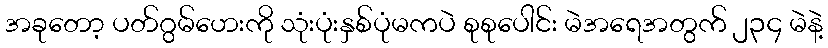
အခုတော့ ပတ်ဂွမ်ဟေးကို သုံးပုံးနှစ်ပုံမကပဲ စုစုပေါင်း မဲအရေအတွက် ၂၃၄ မဲနဲ့